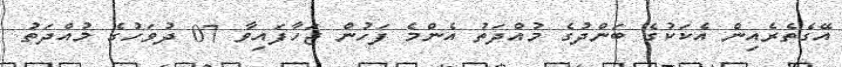
އޭގެތެރެއިން އެކަކުގެ ބަންދުގެ މުއްދަތު އެންމެ ފަހުން ޖަހާފައިވާ 07 ދުވަހުގެ މުއްދަތު